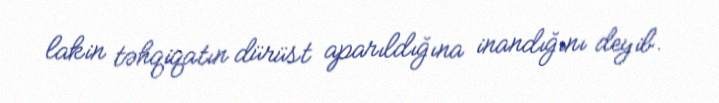
lakin təhqiqatın dürüst aparıldığına inandığını deyib.